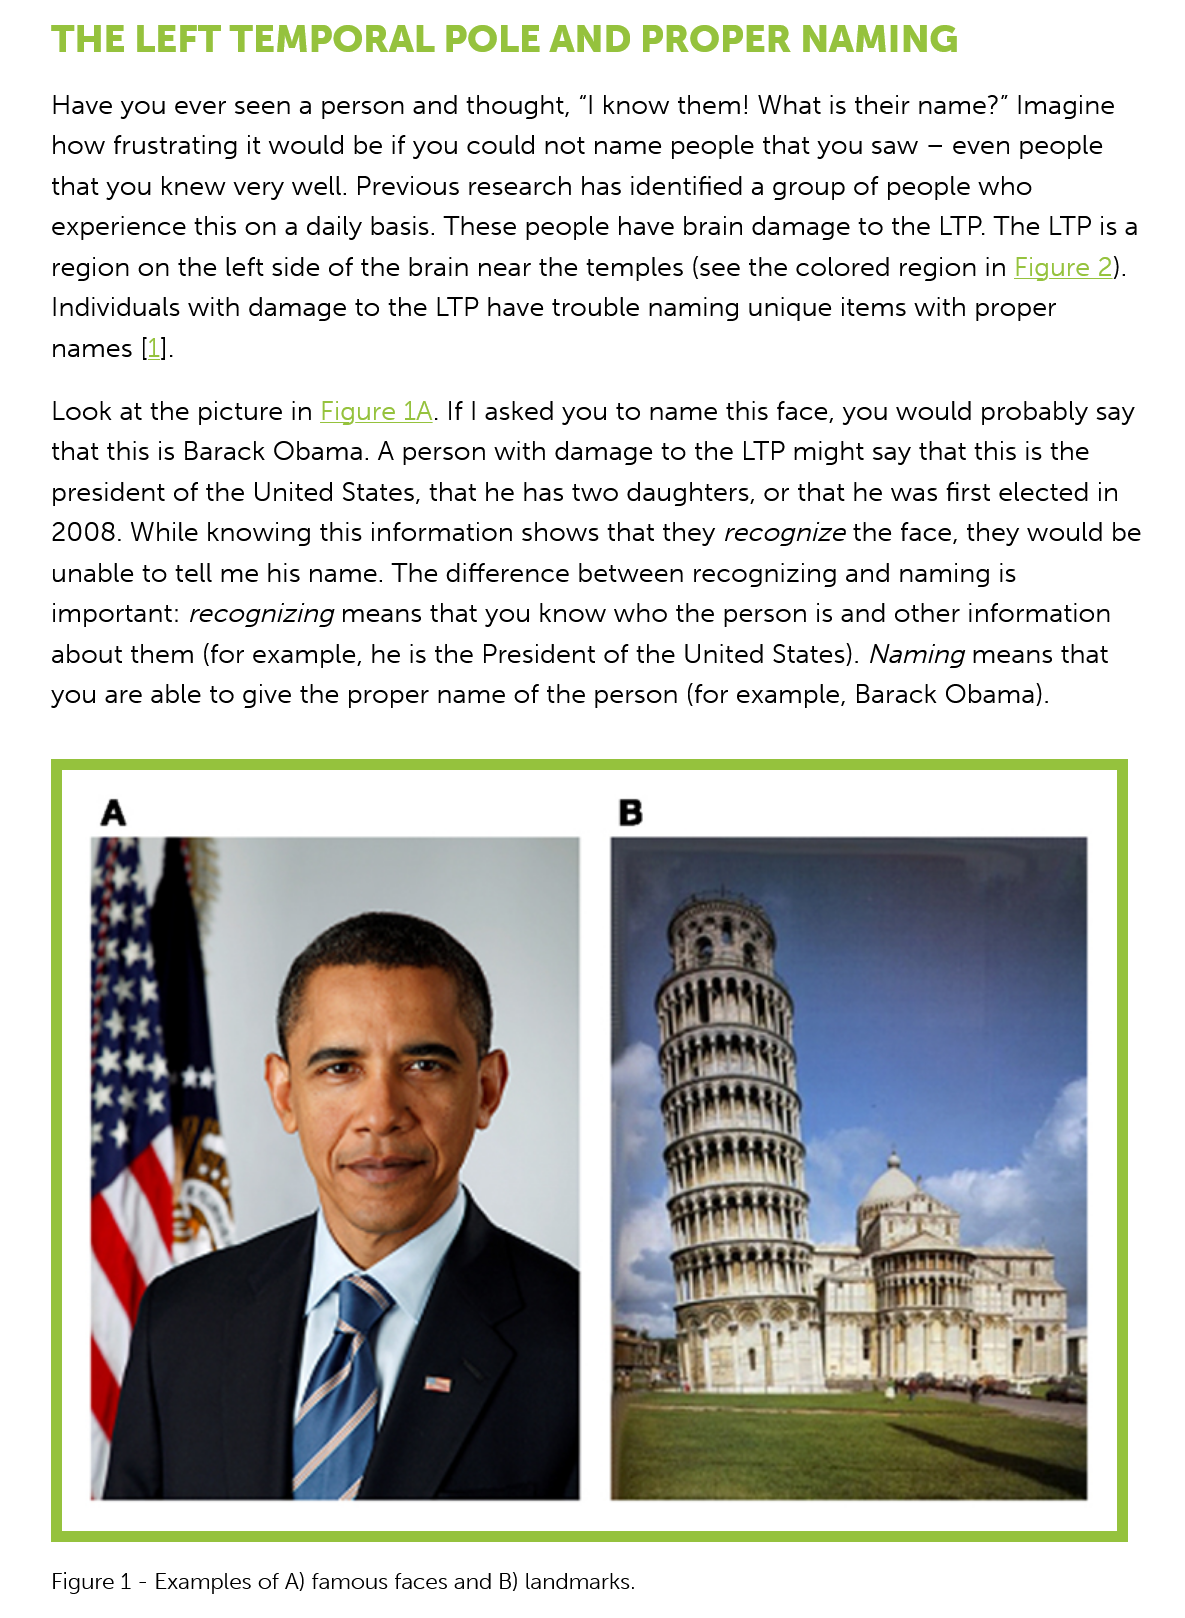
Have you ever seen a person and thought, “| know them! What is their name?” Imagine
    how frustrating it would be if you could not name people that you saw
     —
     even people
    that you knew very well. Previous research has identified a group of people who
    experience this on a daily basis. These people have brain damage to the LTP. The LTP is a
    region on the left side of the brain near the temples (see the colored region in Figure 2).
    Individuals with damage to the LTP have trouble naming unique items with proper
    names [1].
    Look at the picture in Figure 1A. If | asked you to name this face, you would probably say
    that this is Barack Obama. A person with damage to the LTP might say that this is the
    president of the United States, that he has two daughters, or that he was first elected in
    2008. While knowing this information shows that they recognize the face, they would be
    unable to tell me his name. The difference between recognizing and naming is
    important: recognizing means that you know who the person is and other information
    about them (for example, he is the President of the United States). Naming means that
    you are able to give the proper name of the person (for example, Barack Obama).
    Figure 1
     -
     Examples of A) famous faces and B) landmarks.
    THE   LEFT  TEMPORAL    POLE    AND   PROPER    NAMING